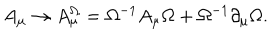
LaTeX: A _ { \mu } \to A _ { \mu } ^ { \Omega } = \Omega ^ { - 1 } A _ { \mu } \Omega + \Omega ^ { - 1 } \partial _ { \mu } \Omega .